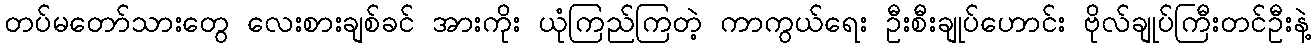
တပ်မတော်သားတွေ လေးစားချစ်ခင် အားကိုး ယုံကြည်ကြတဲ့ ကာကွယ်ရေး ဦးစီးချုပ်ဟောင်း ဗိုလ်ချုပ်ကြီးတင်ဦးနဲ့